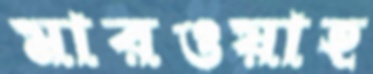
মারওয়াহ